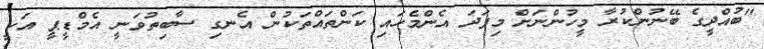
"ބުއްދީގެ ބޭނުންކުރާ މީހުންނަށް މިފަދަ އެންމެހައި ކަންތައްތަކުން އެނގި ސާބިތުވަނީ އެމްޑީޕީ އަކީ